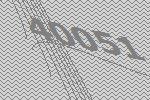
40051